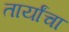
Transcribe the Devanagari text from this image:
तार्यांचा